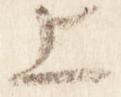
上